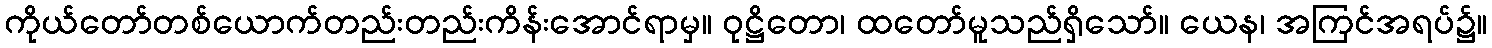
ကိုယ်တော်တစ်ယောက်တည်းတည်းကိန်းအောင်ရာမှ။ ဝုဋ္ဌိတော၊ ထတော်မူသည်ရှိသော်။ ယေန၊ အကြင်အရပ်၌။